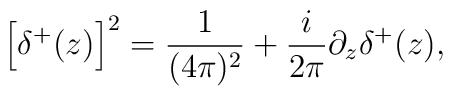
\left[\delta^+(z)\right]^2=\frac{1}{(4\pi)^2}+\frac{i}{2\pi}\partial_z\delta^+(z),